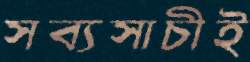
সব্যসাচীই